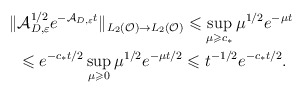
\begin{align*}\Vert &\mathcal{A}_{D,\varepsilon}^{1/2} e^{-\mathcal{A}_{D,\varepsilon}t} \Vert _{L_2(\mathcal{O})\rightarrow L_2(\mathcal{O})}\leqslant \sup_{\mu \geqslant c_*} \mu^{1/2} e^{-\mu t}\\&\leqslant e^{-c_{*}t/2}\sup_{\mu \geqslant 0} \mu^{1/2} e^{-\mu t/2}\leqslant t^{-1/2}e^{-c_{*}t/2}.\end{align*}